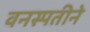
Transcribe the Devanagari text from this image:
वनस्पतीने